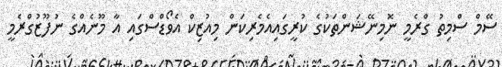
ސޭމް ސްމިތު ގްރެމީ ނޮމިނޭޝަންތަކުގެ ކުރީގައިއެމެރިކަން މިއުޒިކް އެވޯޑްސްގައި އާ މޫނެއްގެ ނުފޫޒުގްރެމީ